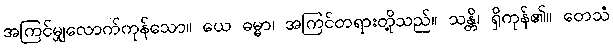
အကြင်မျှလောက်ကုန်သော။ ယေ ဓမ္မာ၊ အကြင်တရားတို့သည်။ သန္တိ၊ ရှိကုန်၏။ တေသံ